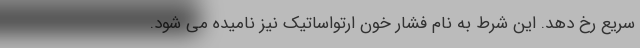
سریع رخ دهد. این شرط به نام فشار خون ارتواساتیک نیز نامیده می شود.